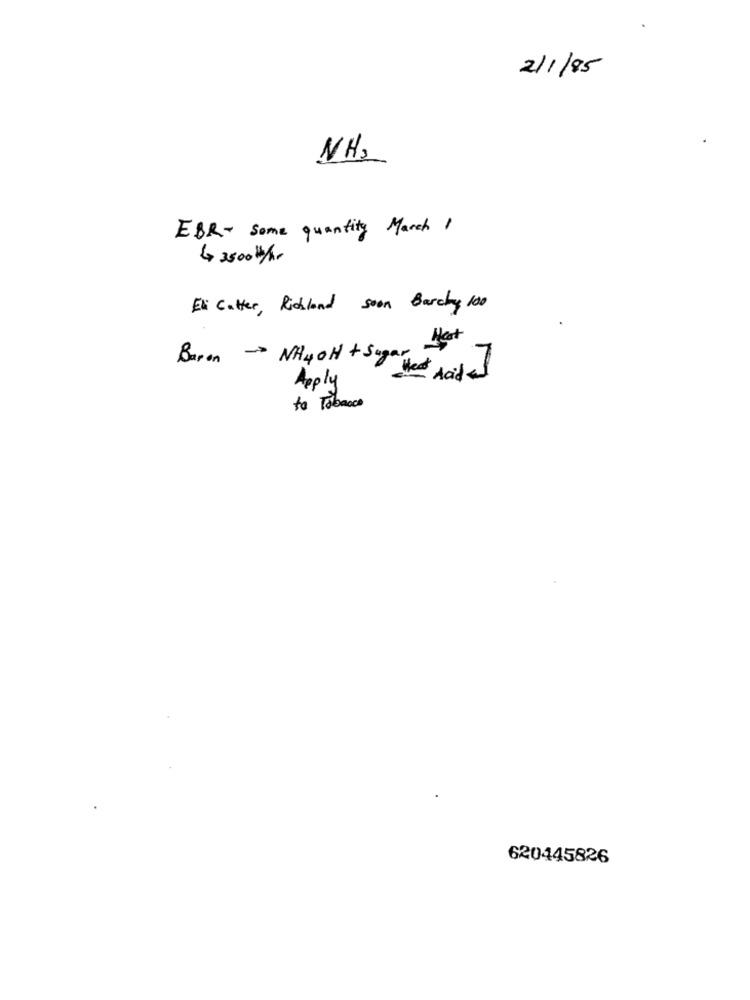
2/1/85
NH,
EBR- some quantity March 1
4 3500 k/hr
Eli Catter, Richland soon Barchy 100
Hat
Baron - NH4OH + Sugar
I Heat
Apply
to Tobacco
620445826